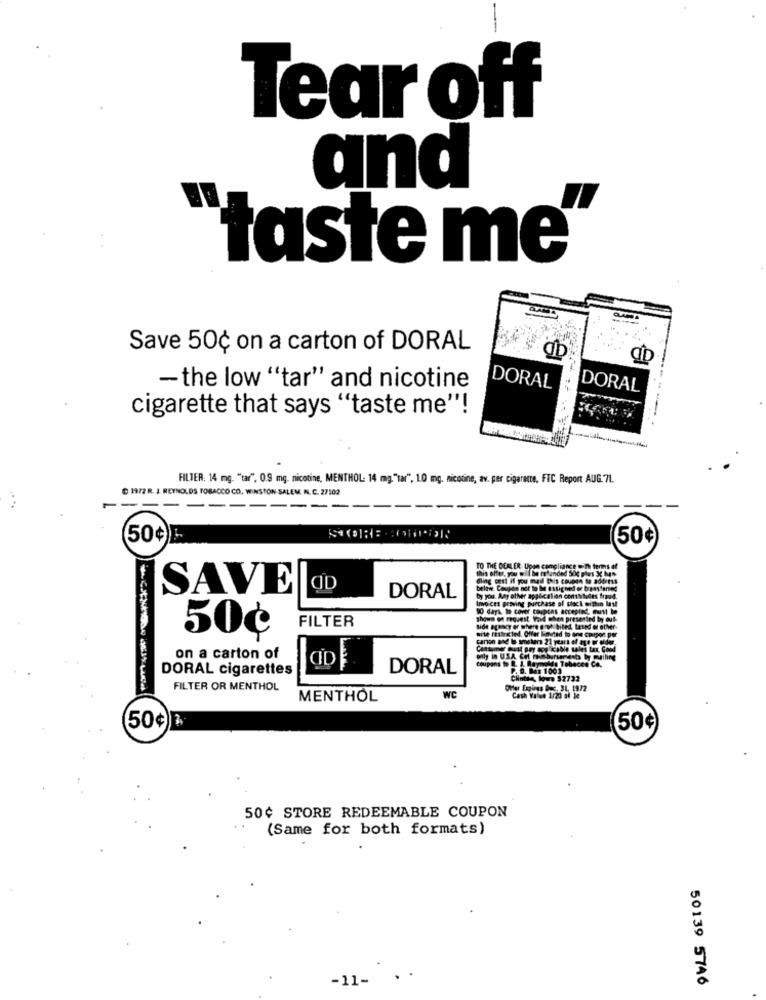
Tear off
and
taste me
. . .
Save 50¢ on a carton of DORAL
CD
-the low "tar" and nicotine
DORAL
DORAL
cigarette that says "taste me"!
FILTER: 14 mg. "tar", 0.9 mg. nicotine, MENTHOL: 14 mg."tar", 1.0 mg. nicotine, av. per cigarette. FIC Report AUG.71.
D 19/2R. J. REYNOLDS TOBACCO CO. WINSTON SALEM. N. C. 27102
--
50¢)
50¢
SAVE
OD
DORAL
FILTER
50¢
on a carton of
CID
coupons to B. J. Ray
only in USA Col meh
DORAL cigarettes
DORAL
P. B. Baz 1001
CHinta, low 52732
FILTER OR MENTHOL
MENTHOL
WC
50¢
50¢
50¢ STORE REDEEMABLE COUPON
(Same for both formats)
-11-
50139 5746